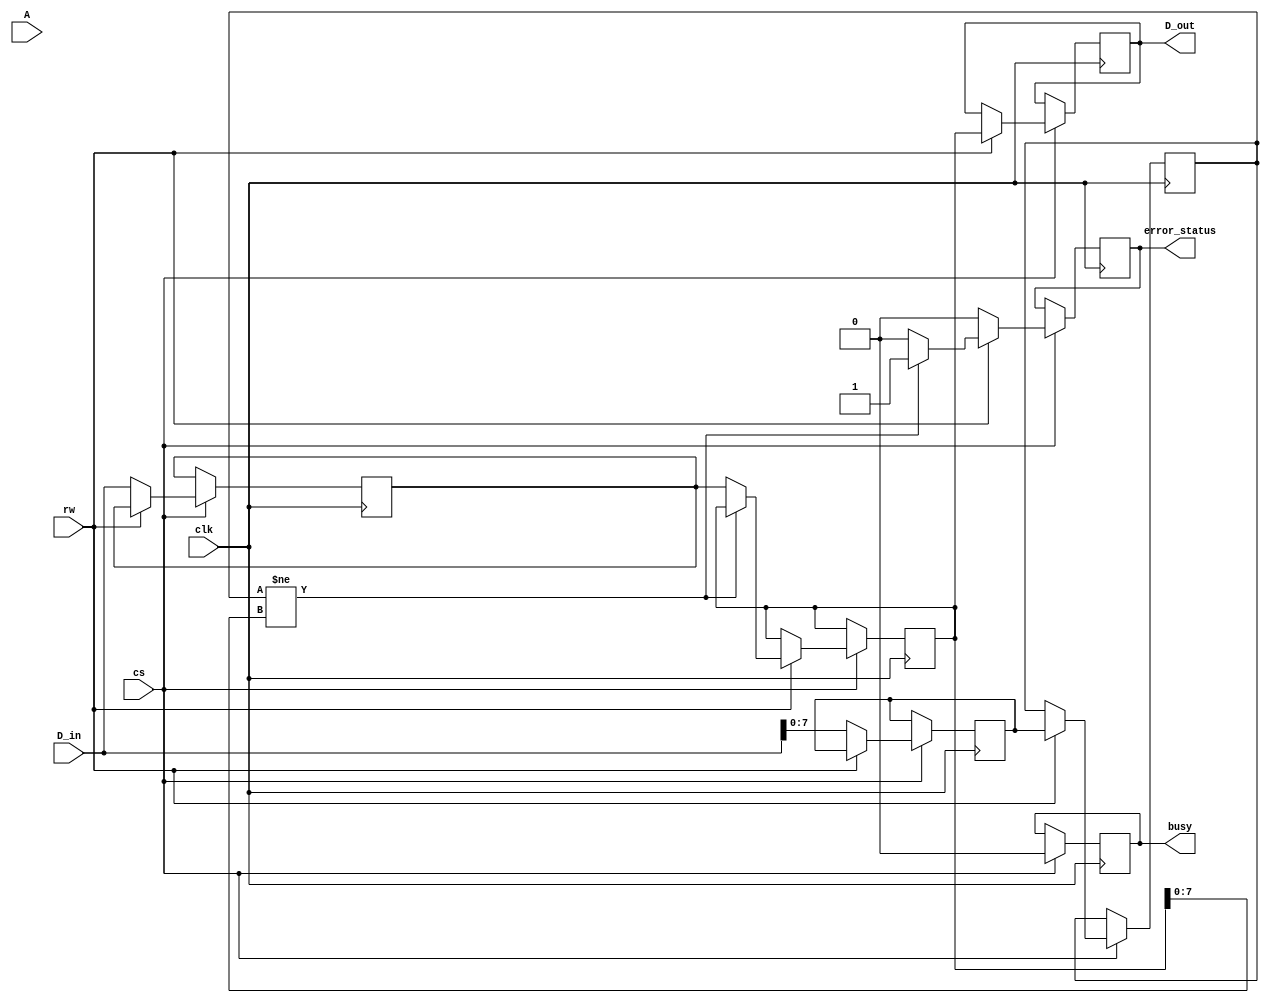
module ecc_dram_io_block (
    input wire clk,            // System clock
    input wire cs,            // Chip Select
    input wire rw,            // Read/Write Control (1 = Read, 0 = Write)
    input wire [7:0] A,       // Address lines
    input wire [63:0] D_in,   // Input Data Lines
    output reg [63:0] D_out,   // Output Data Lines
    output reg busy,          // Busy Signal
    output reg error_status    // Error Status Signal
);
    
    // Internal signals
    reg [63:0] data_buffer;
    reg [7:0] ecc_buffer;
    reg [63:0] read_data;
    reg [7:0] read_ecc;

    // ECC encode/decode functions
    function [7:0] ecc_encode(input [63:0] data);
        // Example ECC encoding logic (Hamming code or similar)
        // Replace with actual ECC encoding logic
        ecc_encode = data[7:0]; // Placeholder for ECC generation
    endfunction

    function [63:0] ecc_decode(input [63:0] data, input [7:0] ecc);
        // Example ECC decoding logic
        // Replace with actual ECC correction logic
        ecc_decode = data; // Placeholder for ECC checking and correction
    endfunction

    always @(posedge clk) begin
        if (cs) begin
            busy <= 1;
            error_status <= 0;

            if (!rw) begin  // Write Operation
                // Generate ECC and store data
                ecc_buffer <= ecc_encode(D_in);
                data_buffer <= D_in; // Simulate writing data to memory
            end else begin  // Read Operation
                // Simulate reading data and ECC from memory
                read_data <= data_buffer; // Simulated read
                read_ecc <= ecc_buffer;    // Simulated read ECC
                
                // Check and correct errors
                if (read_ecc != ecc_encode(read_data)) begin
                    error_status <= 1; // Error detected
                    read_data <= ecc_decode(read_data, read_ecc);
                end
                
                D_out <= read_data; // Output corrected data
            end
            busy <= 0; // Operation complete
        end
    end
endmodule